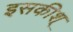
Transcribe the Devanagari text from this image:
इसकीश्